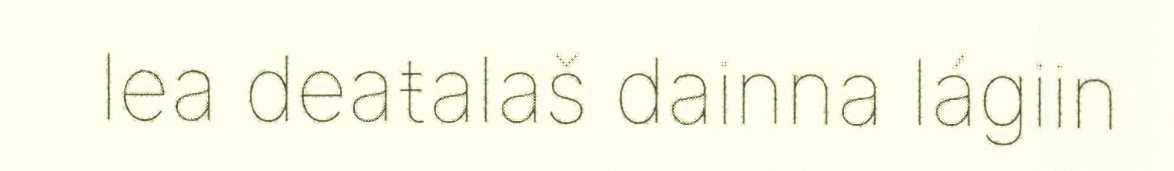
lea deaŧalaš dainna lágiin